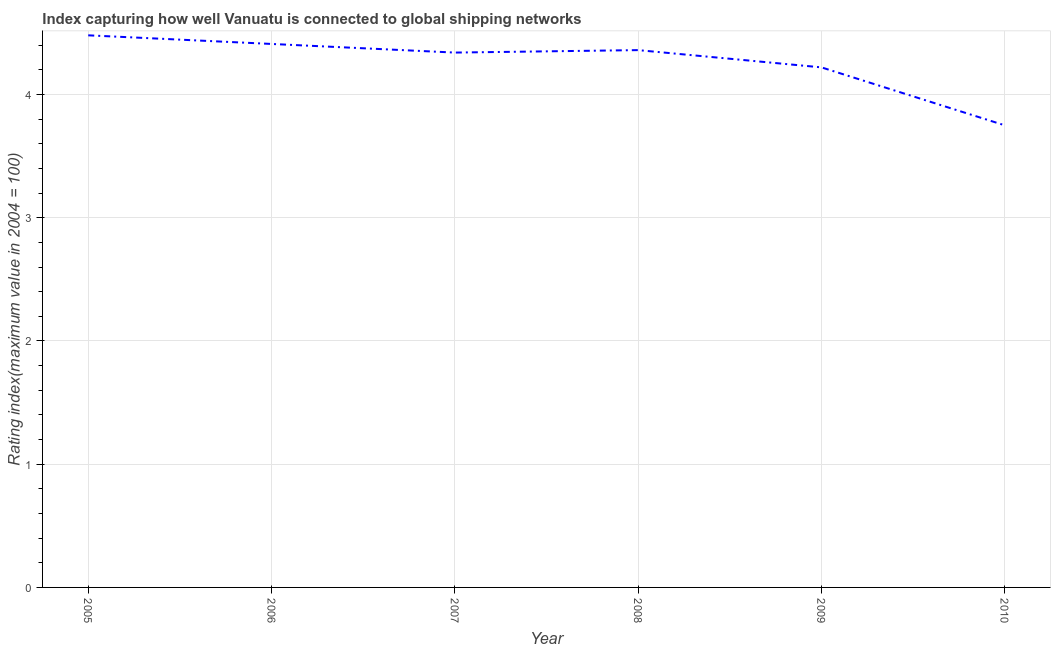
| Year | Liner shipping connectivity index  |
 | --- | --- |
 | 2005 | 4.48 |
 | 2006 | 4.41 |
 | 2007 | 4.34 |
 | 2008 | 4.36 |
 | 2009 | 4.22 |
 | 2010 | 3.75 |